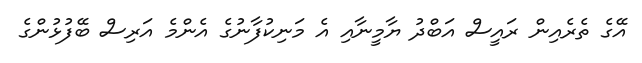
އޭގެ ތެރެއިން ރައީސް އަބްދު ޔާމީނާއި އެ މަނިކުފާނުގެ އެންމެ އަރިސް ބޭފުޅުންގެ